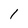
Character: 1